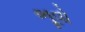
ભૂવો